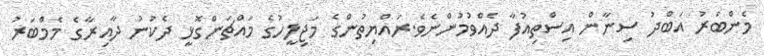
މެންބަރު އަބްދު ސިނާން އިސްތިއުފާ ދެއްވުމުންނެވެ.ރައްޔިތުންގެ މަޖިލީހުގެ މައްޗަންގޮޅީ ދެކުނު ދާއިރާގެ މެމްބަރު